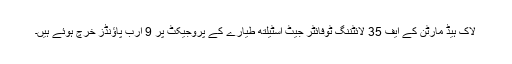
لاک ہیڈ مارٹن کے ایف 35 لائٹننگ ٹوفائٹر جیٹ اسٹیلتھ طیارے کے پروجیکٹ پر 9 ارب پاؤنڈز خرچ ہوئے ہیں۔